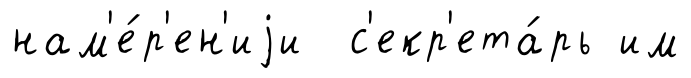
нам'е́р'ен'иjи с'екр'ета́рь им